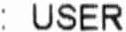
: USER